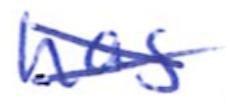
Text: has
Cross-out: cross
Writing tool: ballpoint